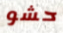
حشو